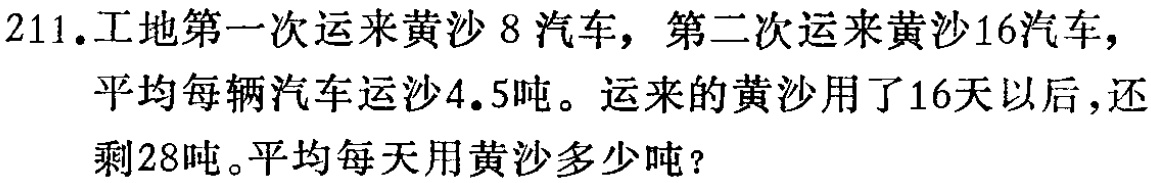
211.工地第一次运来黄沙8汽车，第二次运来黄沙16汽车，平均每辆汽车运沙4.5吨。运来的黄沙用了16天以后，还剩28吨。平均每天用黄沙多少吨？